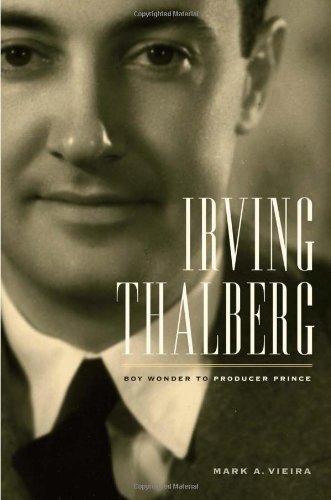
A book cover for Irving Thalberg: Boy Wonder to Producer Prince; Mark A. Vieira; Health, Fitness & Dieting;